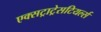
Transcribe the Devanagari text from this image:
एक्सट्राट्रेसटियर्ल्स